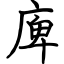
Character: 庳